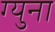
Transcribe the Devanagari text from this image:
ग्युना